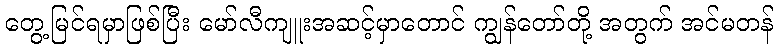
တွေ့မြင်ရမှာဖြစ်ပြီး မော်လီကျူးအဆင့်မှာတောင် ကျွန်တော်တို့ အတွက် အင်မတန်